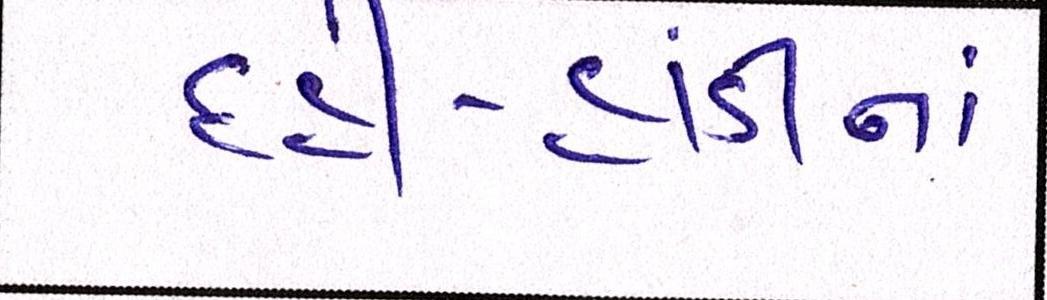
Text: દહીં-હાંડીનાં